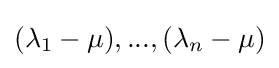
(\lambda _{1}-\mu ),...,(\lambda _{n}-\mu )